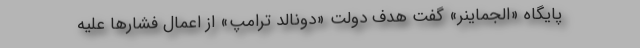
پایگاه «الجماینر» گفت هدف دولت «دونالد ترامپ» از اعمال فشارها علیه